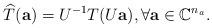
LaTeX: \begin{align*} \widehat{T}(\mathbf{a}) = U^{-1}T(U\mathbf{a}),\forall \mathbf{a}\in\mathbb{C}^{n_a}.\end{align*}